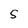
Character: S